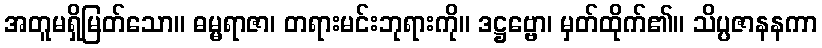
အတူမရှိမြတ်သော။ ဓမ္မရာဇာ၊ တရားမင်းဘုရားကို။ ဒဋ္ဌဗ္ဗော၊ မှတ်ထိုက်၏။ သိပ္ပဇာနနကာ